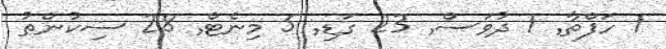
1 ހަފްތާ